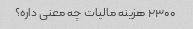
۲۳۰۰ هزینه مالیات چه معنی داره؟